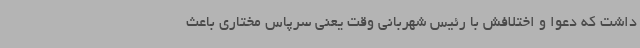
داشت که دعوا و اختلافش با رئیس شهربانی وقت یعنی سرپاس مختاری باعث